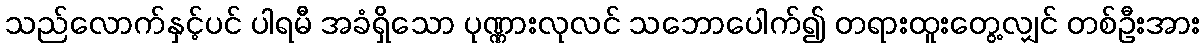
သည်လောက်နှင့်ပင် ပါရမီ အခံရှိသော ပုဏ္ဏားလုလင် သဘောပေါက်၍ တရားထူးတွေ့လျှင် တစ်ဦးအား